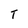
Character: T